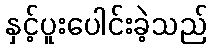
နှင့်ပူးပေါင်းခဲ့သည်